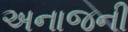
અનાજની